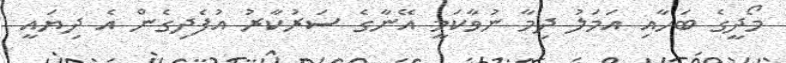
މޯދީގެ ބަހާއި އަމަލު ދިމާ ނުވާކަމީ އޭނާގެ ސަރުކާރު އުފެދިގެން އެ ދިޔައީ